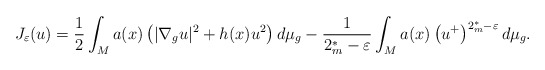
\begin{align*}J_{\varepsilon}(u)=\frac{1}{2}\int_{M}a(x)\left(|\nabla_{g}u|^{2}+h(x)u^{2}\right)d\mu_{g}-\frac{1}{2_{m}^{*}-\varepsilon}\int_{M}a(x)\left(u^{+}\right)^{2_{m}^{*}-\varepsilon}d\mu_{g}.\end{align*}